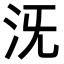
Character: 𣲪